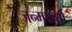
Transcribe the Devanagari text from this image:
जन्मकर्ता